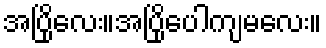
အပြိုလေး။အပြိုပေါကျမလေး။